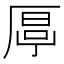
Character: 𠪋